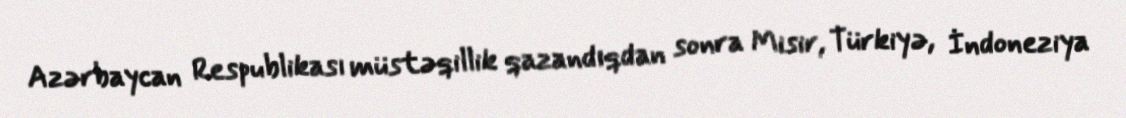
Azərbaycan Respublikası müstəqillik qazandıqdan sonra Misir, Türkiyə, İndoneziya